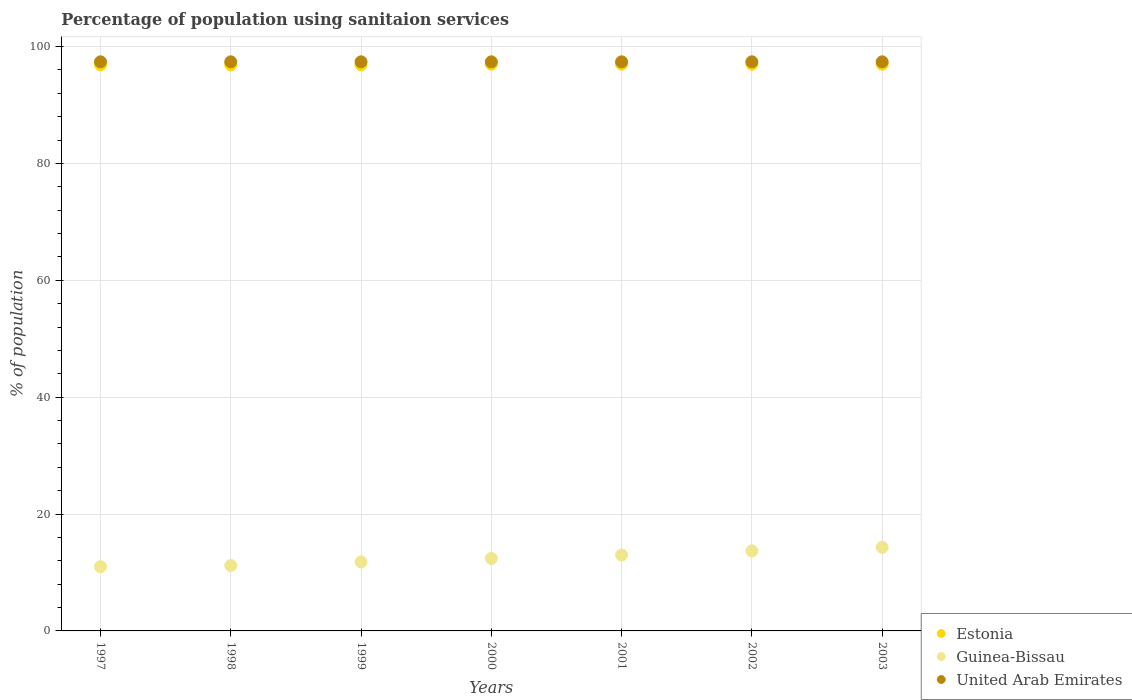
| Years | Estonia | Guinea-Bissau | United Arab Emirates |
 | --- | --- | --- | --- |
 | 1997 | 96.9 | 11 | 97.4 |
 | 1998 | 96.9 | 11.2 | 97.4 |
 | 1999 | 96.9 | 11.8 | 97.4 |
 | 2000 | 97 | 12.4 | 97.4 |
 | 2001 | 97 | 13 | 97.4 |
 | 2002 | 97 | 13.7 | 97.4 |
 | 2003 | 97 | 14.3 | 97.4 |